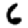
Digit: 6